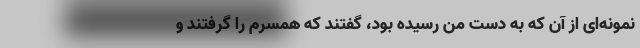
نمونه‌ای از آن که به دست من رسیده بود، گفتند که همسرم را گرفتند و